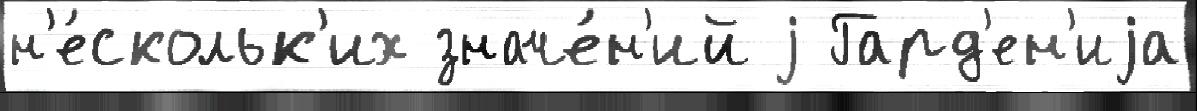
н'е́скольк'их значе́н'ий j Гард'ен'иjа